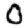
Digit: 0